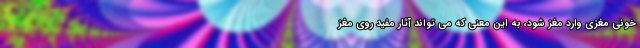
خونی مغزی وارد مغز شود، به این معنی که می تواند آثار مفید روی مغز